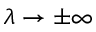
\lambda \rightarrow \pm \infty